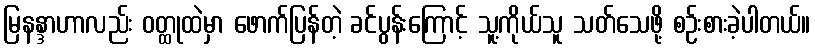
မြနန္ဒာဟာလည်း ဝတ္ထုထဲမှာ ဖောက်ပြန်တဲ့ ခင်ပွန်းကြောင့် သူ့ကိုယ်သူ သတ်သေဖို့ စဉ်းစားခဲ့ပါတယ်။